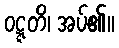
ဝဋ္ဋတိ၊ အပ်၏။